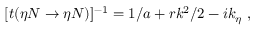
[ t ( \eta N \rightarrow \eta N ) ] ^ { - 1 } = 1 / a + r k ^ { 2 } / 2 - i k _ { \eta } ~ ,